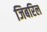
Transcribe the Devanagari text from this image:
जिबरिल